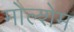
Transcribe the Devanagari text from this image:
मोल्शेम